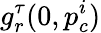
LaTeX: g_{r}^{\tau}(0,p_{c}^{i})